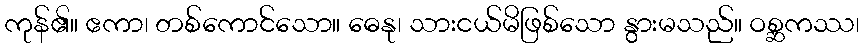
ကုန်၏။ ဧကာ၊ တစ်ကောင်သော။ ဓေနု၊ သားငယ်မိဖြစ်သော နွားမသည်။ ဝစ္ဆကဿ၊